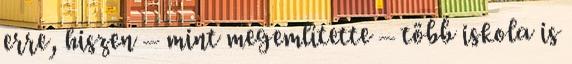
erre, hiszen – mint megemlítette – több iskola is